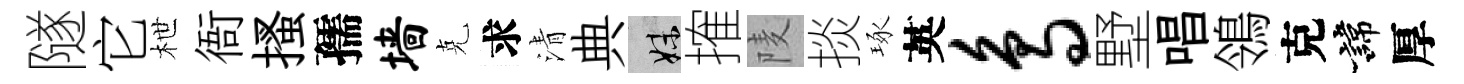
隧它枻衙搔孺墙克求清典妹搉𨹧掞琢英鸟墅唱鴒克諱厚